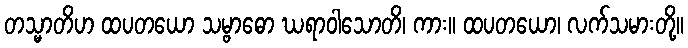
တသ္မာတိဟ ထပတယော သမ္ဗာဓော ဃရာဝါသောတိ၊ ကား။ ထပတယော၊ လက်သမားတို့။